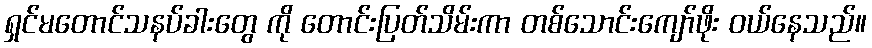
ရှင်မတောင်သနပ်ခါးတွေ ကို တောင်းပြတ်သိမ်းကာ တစ်သောင်းကျော်ဖိုး ဝယ်နေသည်။